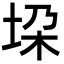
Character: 垜